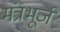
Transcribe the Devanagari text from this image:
मंत्रभूर्ज